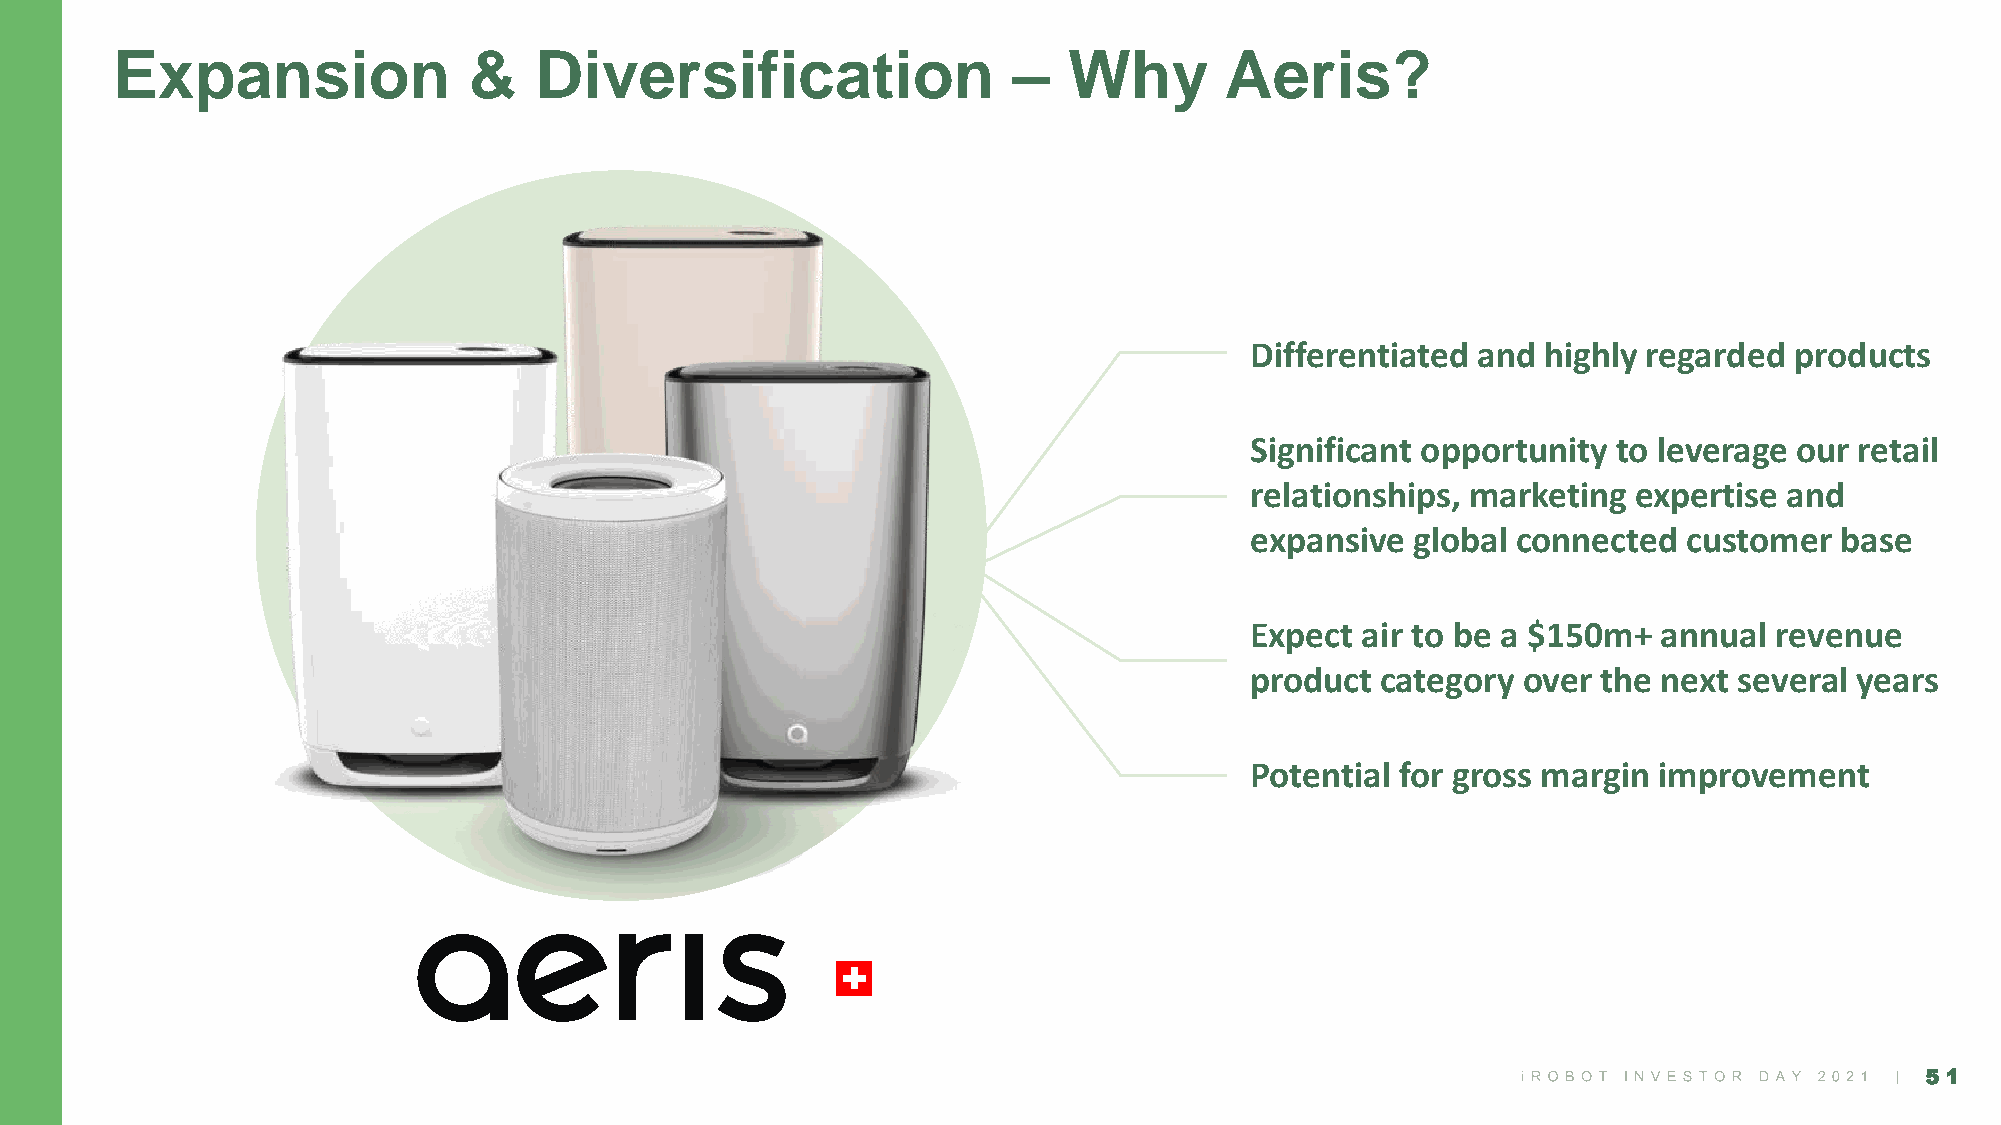
Expansion               &   Diversification                 –   Why       Aeris?
 Differentiated and highly regarded  products
 Significant opportunity to leverage our retail
 relationships, marketing expertise and
 expansive  global connected  customer  base
 Expect air to be a $150m+  annual  revenue
 product category  over the next several years
 Potential for gross margin improvement
 51